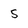
Character: 5